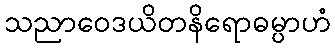
သညာဝေဒယိတနိရောဓမ္ပာဟံ